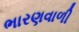
ભારણવાળી